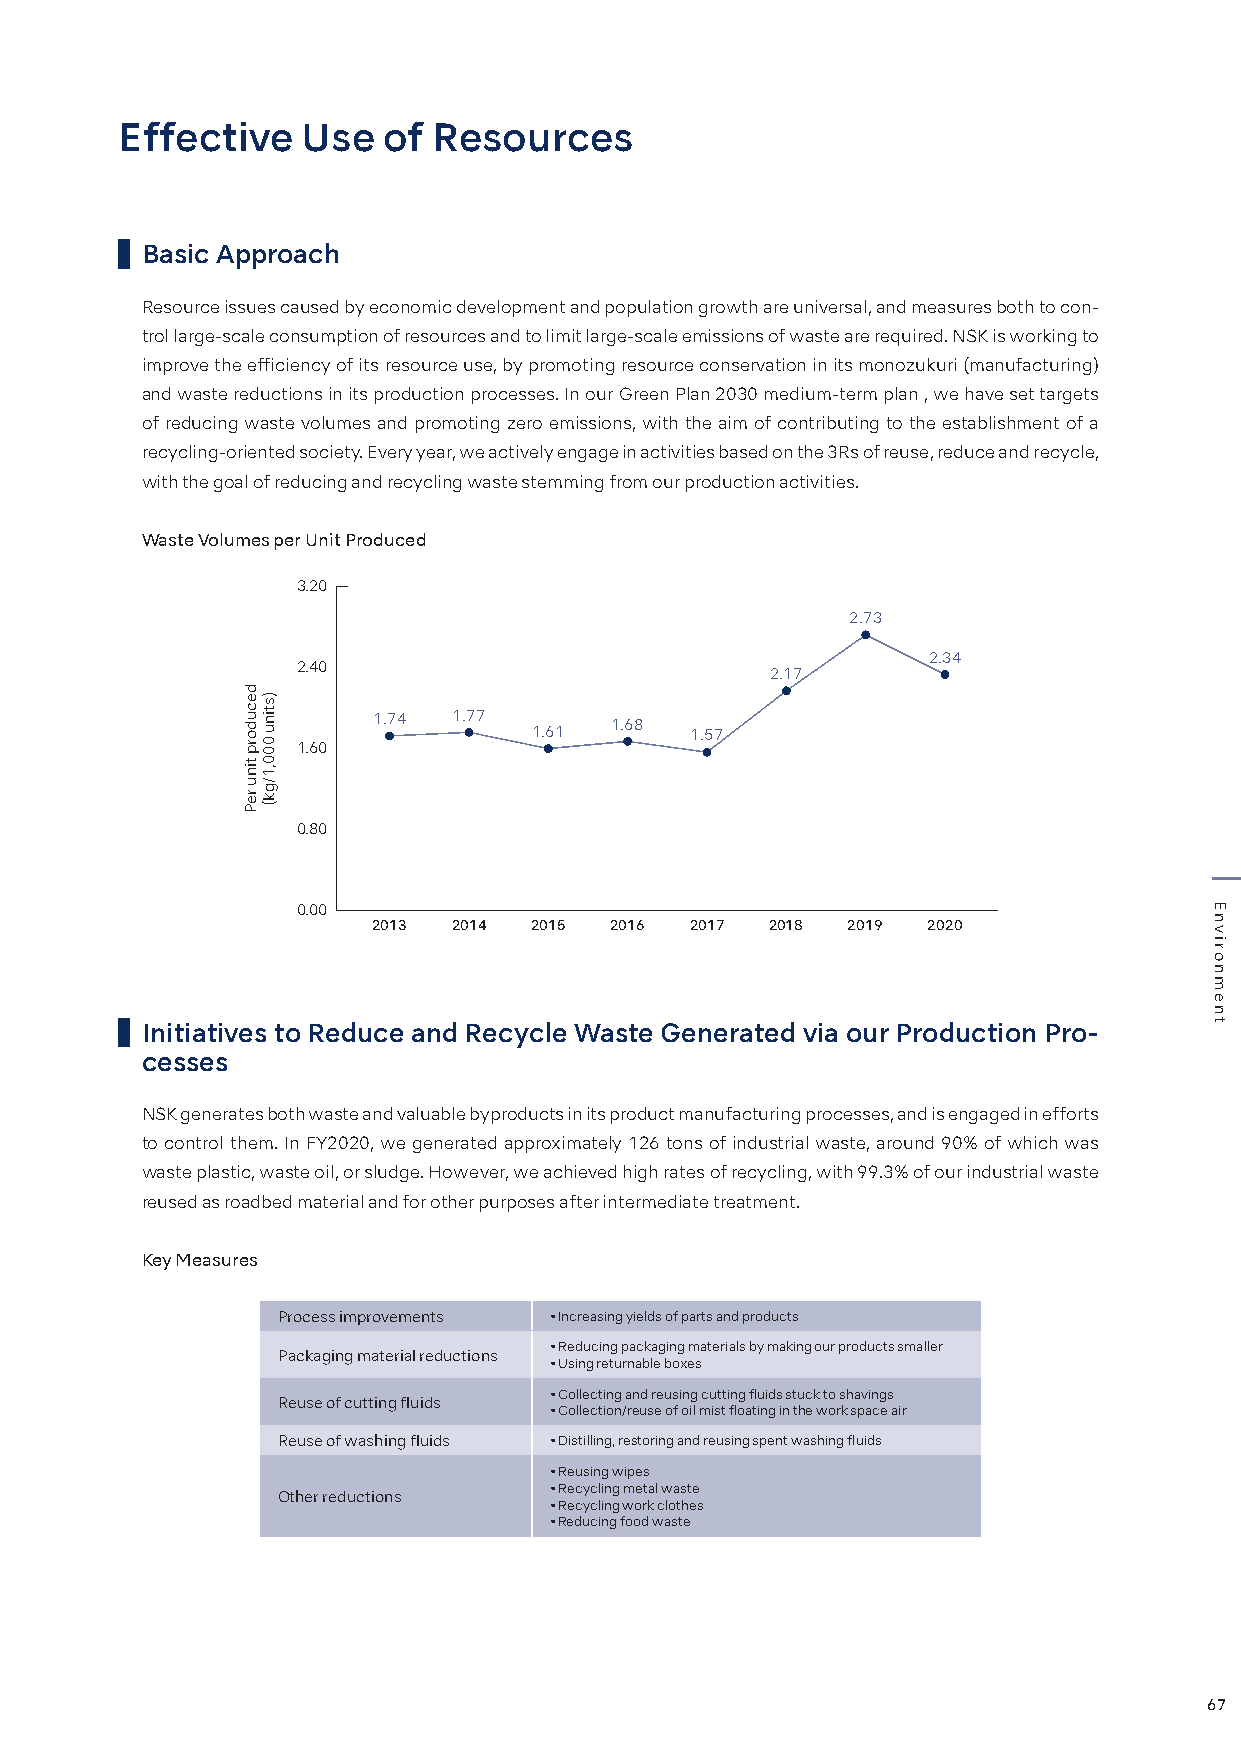
Effective   Use  of  Resources
 Basic Approach
 Resource issues caused by economic development and population growth are universal, and measures both to con-
 trol large-scale consumption of resources and to limit large-scale emissions of waste are required. NSK is working to
 improve the efficiency of its resource use, by promoting resource conservation in its monozukuri (manufacturing)
 and waste reductions in its production processes. In our Green Plan 2030 medium-term plan , we have set targets
 of reducing waste volumes and promoting zero emissions, with the aim of contributing to the establishment of a
 recycling-oriented society. Every year, we actively engage in activities based on the 3Rs of reuse, reduce and recycle,
 with the goal of reducing and recycling waste stemming from our production activities.
 Waste Volumes per Unit Produced
 3.20
 2.73
 2.34
 2.40
 2.17
 1.74 1.77      1.68
 1.61       1.57
 1.60
 0.80
 0.00
 2013 2014 2015 2016  2017 2018 2019 2020
 Initiatives to Reduce and Recycle Waste Generated via our Production Pro-
 cesses
 NSK generates both waste and valuable byproducts in its product manufacturing processes, and is engaged in efforts
 to control them. In FY2020, we generated approximately 126 tons of industrial waste, around 90% of which was
 waste plastic, waste oil, or sludge. However, we achieved high rates of recycling, with 99.3% of our industrial waste
 reused as roadbed material and for other purposes after intermediate treatment.
 Key Measures
 Process improvements • Increasing yields of parts and products
 • Reducing packaging materials by making our products smaller
 Packaging material reductions
 • Using returnable boxes
 • Collecting and reusing cutting fluids stuck to shavings
 Reuse of cutting fluids
 • Collection/reuse of oil mist floating in the work space air
 Reuse of washing fluids • Distilling, restoring and reusing spent washing fluids
 • Reusing wipes
 • Recycling metal waste
 Other reductions
 • Recycling work clothes
 • Reducing food waste
 67
 decudorp
 tinu
 reP
 )stinu
 000,1/gk(
 Environment